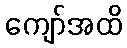
ကျော်အထိ